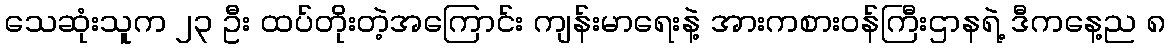
သေဆုံးသူက ၂၃ ဦး ထပ်တိုးတဲ့အကြောင်း ကျန်းမာရေးနဲ့ အားကစားဝန်ကြီးဌာနရဲ့ ဒီကနေ့ည ၈